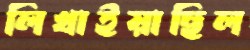
লিখাইয়াছিল